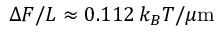
\Delta { \cal F } / L \approx 0 . 1 1 2 \, k _ { B } T / \mu \mathrm { m }